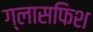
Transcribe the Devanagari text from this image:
ग्लासफिश